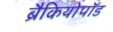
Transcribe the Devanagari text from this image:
ब्रैकियोपॉड